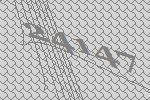
24147